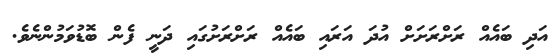
އަދި ބައެއް ރަށްރަށަށް އުދަ އަރައި ބައެއް ރަށްރަށުގައި ދަނީ ފެން ބޮޑުވަމުންނެވެ.